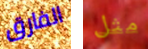
الفارق مثل